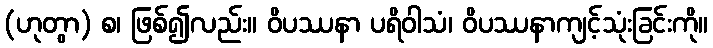
(ဟုတွာ) စ၊ ဖြစ်၍လည်း။ ဝိပဿနာ ပရိဝါသံ၊ ဝိပဿနာကျင့်သုံးခြင်းကို။